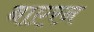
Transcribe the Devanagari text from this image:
बाएरन